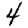
Digit: 4